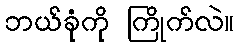
ဘယ်ခုံကို ကြိုက်လဲ။